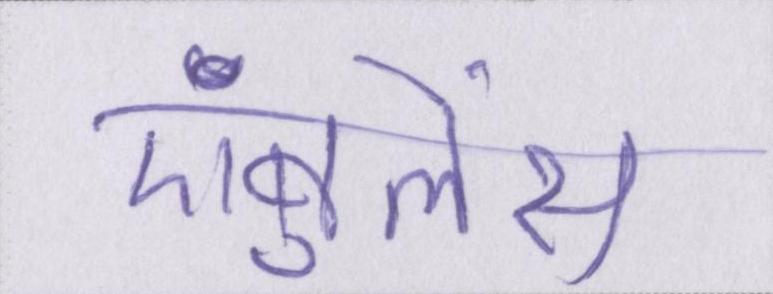
एंबुलेंस